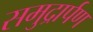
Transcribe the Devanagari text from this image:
समुद्रार्पण